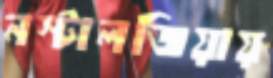
নস্টালজিয়ায়